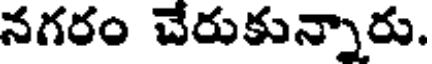
నగరం చేరుకున్నారు.